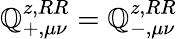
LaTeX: \mathbb{Q}_{+,\mu\nu}^{z,RR}=\mathbb{Q}_{-,\mu\nu}^{z,RR}